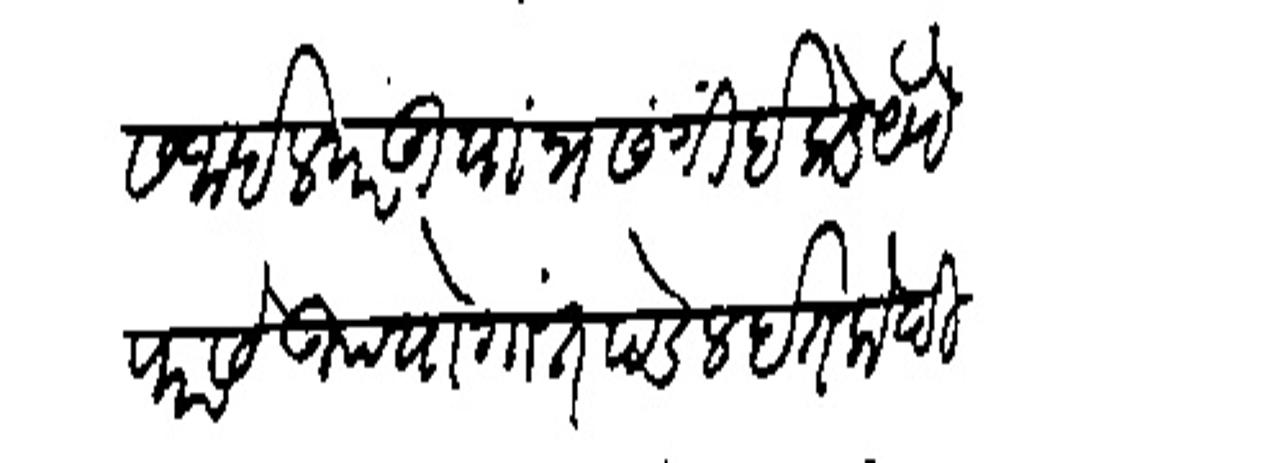
Transliteration (Devanagari): सिधीस जाईल परंतु यां प्रसंगों इकडे येणें फारसे उपयोगांत पडेल इतके दिवसांत